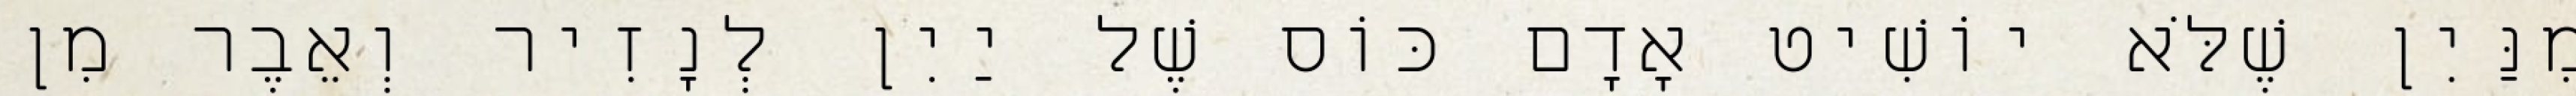
מִנַּיִן שֶׁלֹּא יוֹשִׁיט אָדָם כּוֹס שֶׁל יַיִן לְנָזִיר וְאֵבֶר מִן